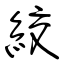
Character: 絞